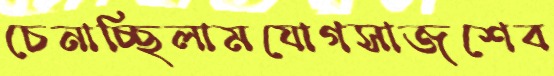
চেনাচ্ছিলামযোগসাজশেব